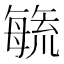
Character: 𭯉